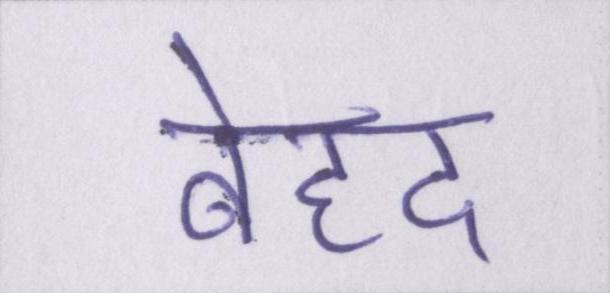
बेहद